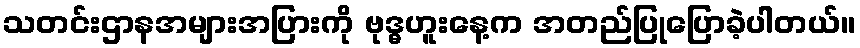
သတင်းဌာနအများအပြားကို ဗုဒ္ဓဟူးနေ့က အတည်ပြုပြောခဲ့ပါတယ်။